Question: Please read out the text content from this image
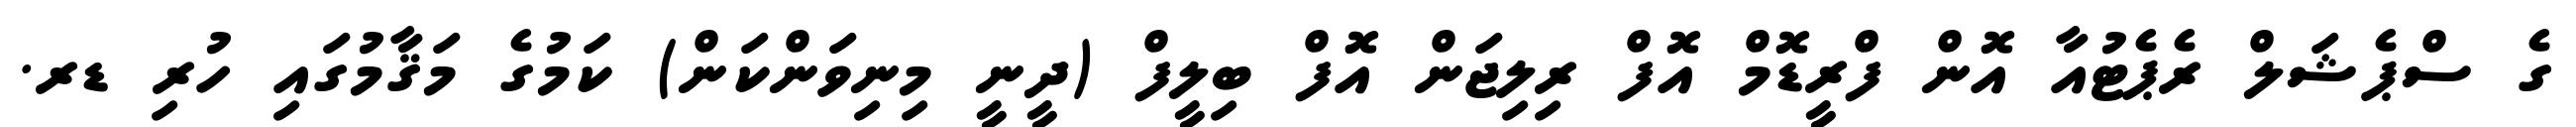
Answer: ގެ ސްޕެޝަލް ރެޕެޓުއާ އޮން ފްރީޑޮމް އޮފް ރިލިޖަން އޮފް ބިލީފް (ދީނީ މިނިވަންކަން) ކަމުގެ މަޤާމުގައި ހުރި ޑރ.